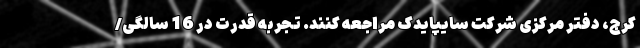
کرج، دفتر مرکزی شرکت سایپایدک مراجعه کنند. تجربه قدرت در 16 سالگی/